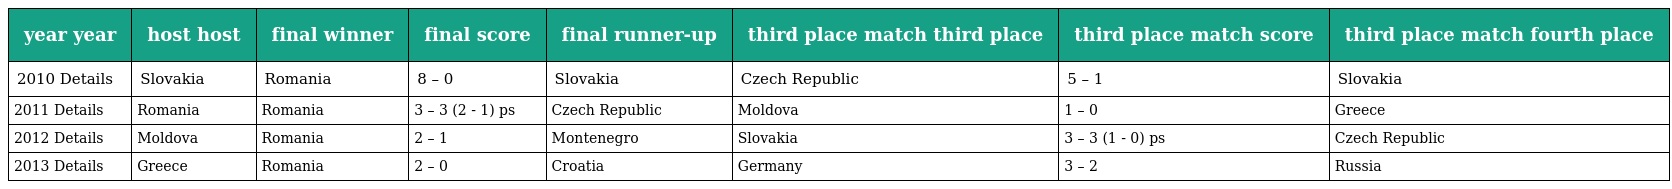
| year year | host host | final winner | final score | final runner-up | third place match third place | third place match score | third place match fourth place |
 | --- | --- | --- | --- | --- | --- | --- | --- |
 | 2010 Details | Slovakia | Romania | 8 – 0 | Slovakia | Czech Republic | 5 – 1 | Slovakia |
 | 2011 Details | Romania | Romania | 3 – 3 (2 - 1) ps | Czech Republic | Moldova | 1 – 0 | Greece |
 | 2012 Details | Moldova | Romania | 2 – 1 | Montenegro | Slovakia | 3 – 3 (1 - 0) ps | Czech Republic |
 | 2013 Details | Greece | Romania | 2 – 0 | Croatia | Germany | 3 – 2 | Russia |